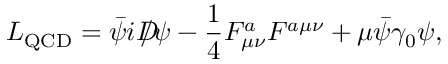
{ \cal L } _ { \mathrm { Q C D } } = \bar { \psi } i D \! \! \! \! / \psi - { \frac { 1 } { 4 } } F _ { \mu \nu } ^ { a } F ^ { a \mu \nu } + \mu \bar { \psi } \gamma _ { 0 } \psi ,